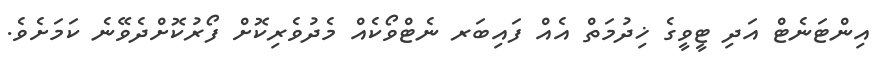
އިންޓަނެޓް އަދި ޓީވީގެ ޚިދުމަތް އެއް ފައިބަރ ނެޓްވޯކެއް މެދުވެރިކޮށް ފޯރުކޮށްދެވޭނެ ކަމަށެވެ.